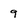
Character: 9